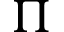
\Pi